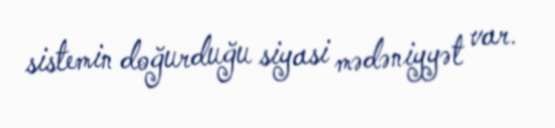
sistemin doğurduğu siyasi mədəniyyət var.